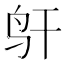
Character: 𱉋